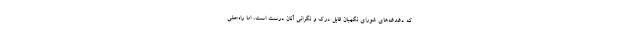
که دغدغه‌های شورای نگهبان قابل درک و نگرانی آنان درست است، اما راه‌حلی